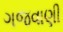
ગજવાણી